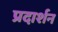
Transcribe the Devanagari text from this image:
प्रदार्शन